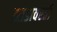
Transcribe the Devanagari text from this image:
झाडावरती